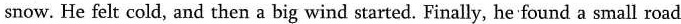
snow. He felt cold, and then a big wind started. Finally, he found a small road